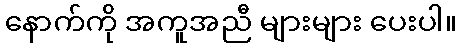
နောက်ကို အကူအညီ များများ ပေးပါ။